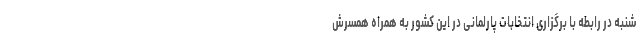
شنبه در رابطه با برگزاری انتخابات پارلمانی در این کشور به همراه همسرش